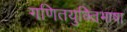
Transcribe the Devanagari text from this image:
गणितयुक्तिभाषा